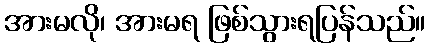
အားမလို၊ အားမရ ဖြစ်သွားရပြန်သည်။